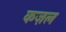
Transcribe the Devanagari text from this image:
कज़ल